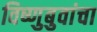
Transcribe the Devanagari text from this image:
विष्णुबुवांचा